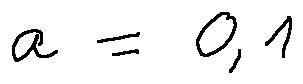
a = 0 , 1